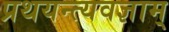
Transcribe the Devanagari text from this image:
प्रथयन्त्यवज्ञाम्‌